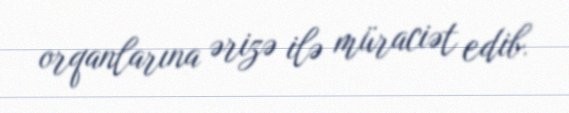
orqanlarına ərizə ilə müraciət edib.